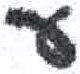
אות: ע